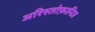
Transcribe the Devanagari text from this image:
अरिस्तोफ़ानिज